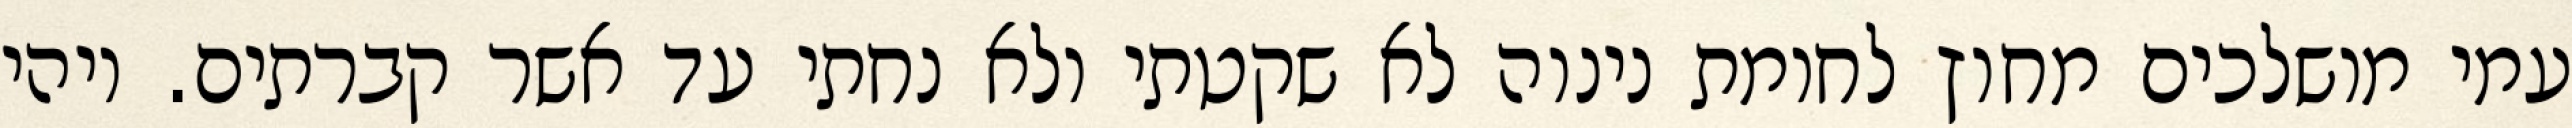
עמי מושלכים מחוץ לחומת נינוה לא שקטתי ולא נחתי עד אשר קברתים. ויהי